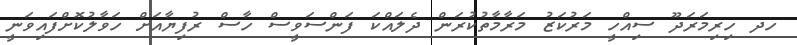
ހދ ހިރިމަރަދޫ ސިއްހީ މަރުކަޒު މަރާމާތުކުރަން ދެލައްކަ ފަންސަވީސް ހާސް ރުފިޔާއަށް ހަވާލުކޮށްފައިވަނީ